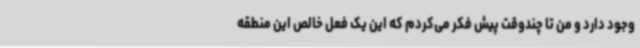
وجود دارد و من تا چندوقت پیش فکر می‌کردم که این یک فعل خالص این منطقه